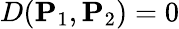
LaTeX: D(\mathbf{P}_{1},\mathbf{P}_{2})=0